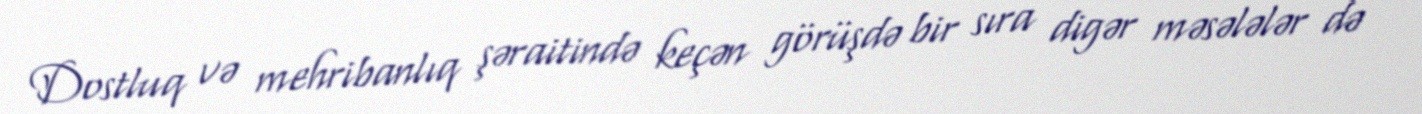
Dostluq və mehribanlıq şəraitində keçən görüşdə bir sıra digər məsələlər də